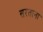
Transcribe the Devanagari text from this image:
सरताना